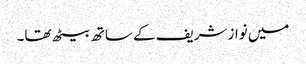
میں نوازشریف کے ساتھ بیٹھ تھا۔